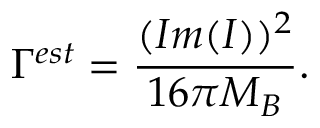
\Gamma ^ { e s t } = \frac { ( I m ( I ) ) ^ { 2 } } { 1 6 \pi M _ { B } } .